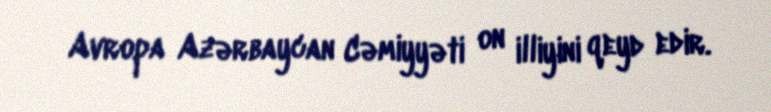
Avropa Azərbaycan Cəmiyyəti on illiyini qeyd edir.